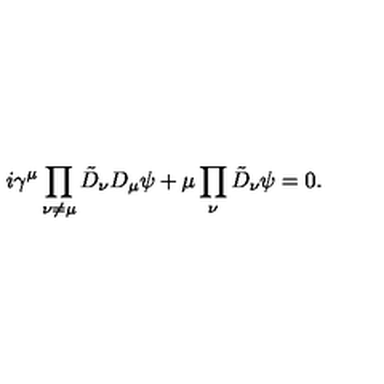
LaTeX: i \gamma ^ { \mu } \prod _ { \nu \ne \mu } \tilde { D } _ { \nu } D _ { \mu } \psi + \mu \prod _ { \nu } \tilde { D } _ { \nu } \psi = 0 .